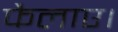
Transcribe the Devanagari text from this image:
फैलाए।